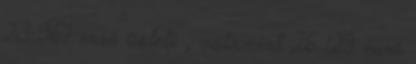
23 967 euró üzleti , valamint 26 129 euró